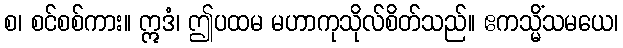
စ၊ စင်စစ်ကား။ ဣဒံ၊ ဤပထမ မဟာကုသိုလ်စိတ်သည်။ ဧကသ္မိံသမယေ၊